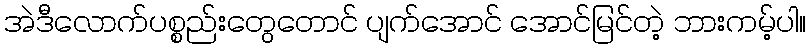
အဲဒီလောက်ပစ္စည်းတွေတောင် ပျက်အောင် အောင်မြင်တဲ့ ဘားကမ့်ပါ။